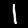
Label: 1